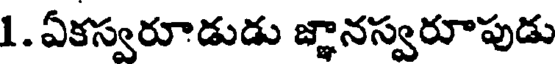
1. ఏకస్వరూడుడు జ్ఞానస్వరూపుడు